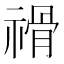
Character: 𥛔